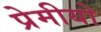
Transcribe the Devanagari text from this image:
प्रेमीयो